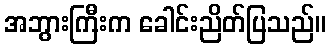
အဘွားကြီးက ခေါင်းညိတ်ပြသည်။